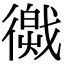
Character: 𢕽